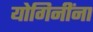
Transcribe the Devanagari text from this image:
योगिनींना